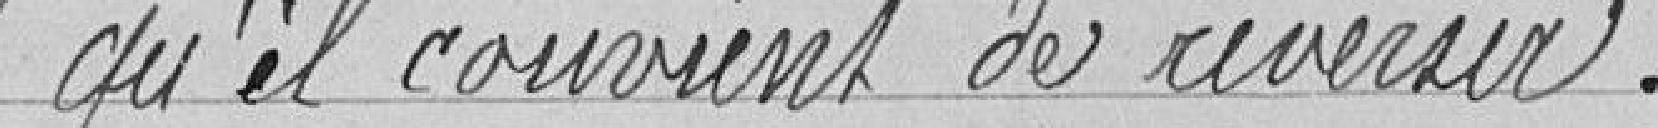
qu'il convient de reverser.